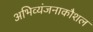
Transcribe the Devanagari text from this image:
अभिव्यंजनाकौशल